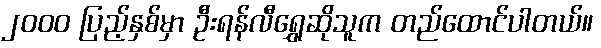
၂၀၀၀ ပြည့်နှစ်မှာ ဦးရန်လီရွှေဆိုသူက တည်ထောင်ပါတယ်။